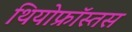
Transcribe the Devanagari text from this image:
थियोफ्रॉस्तस